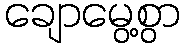
ချောမွေ့စွာ